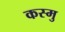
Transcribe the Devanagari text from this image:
कस्मु